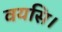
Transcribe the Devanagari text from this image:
वयसि।